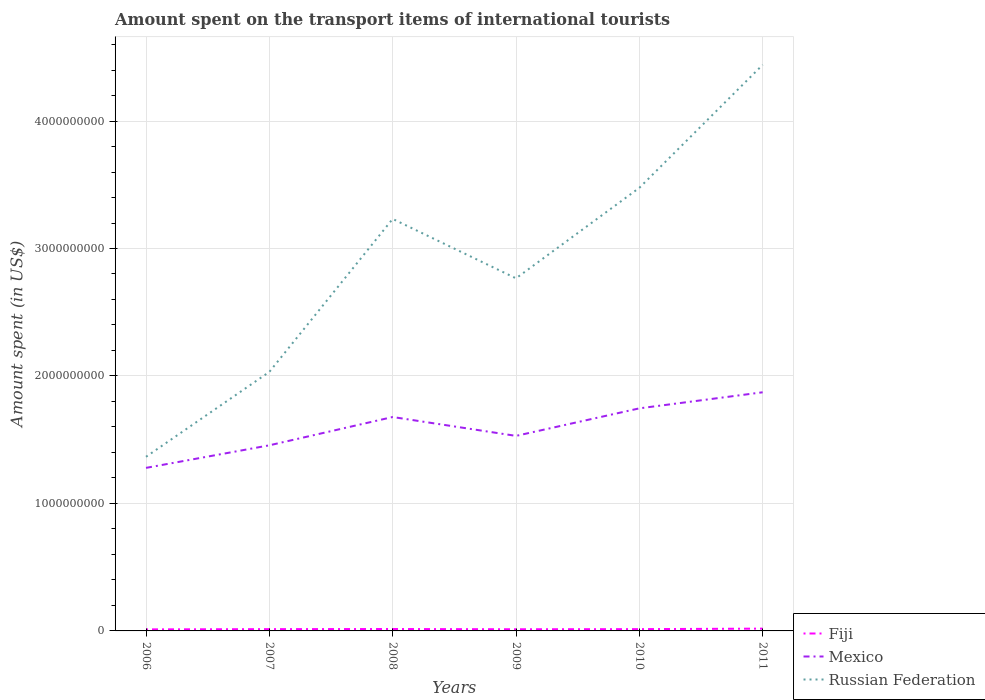
| Years | Fiji | Mexico | Russian Federation |
 | --- | --- | --- | --- |
 | 2006 | 1.2e+07 | 1.28e+09 | 1.37e+09 |
 | 2007 | 1.4e+07 | 1.46e+09 | 2.03e+09 |
 | 2008 | 1.5e+07 | 1.68e+09 | 3.23e+09 |
 | 2009 | 1.3e+07 | 1.53e+09 | 2.77e+09 |
 | 2010 | 1.4e+07 | 1.75e+09 | 3.48e+09 |
 | 2011 | 1.8e+07 | 1.87e+09 | 4.44e+09 |